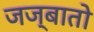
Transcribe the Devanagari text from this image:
जज्बातो